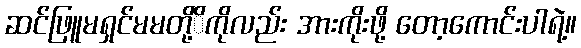
ဆင်ဖြူမရှင်မမတို့ိကိုလည်း အားကိုးဖို့ တော့ကောင်းပါရဲ့။